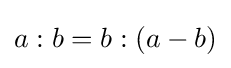
a:b=b:(a-b)